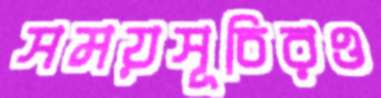
সময়সূচিরও